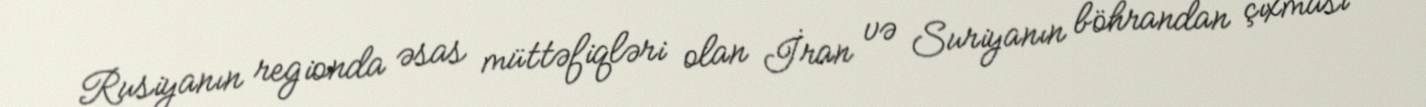
Rusiyanın regionda əsas müttəfiqləri olan İran və Suriyanın böhrandan çıxması